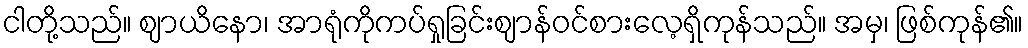
ငါတို့သည်။ ဈာယိနော၊ အာရုံကိုကပ်ရှုခြင်းဈာန်ဝင်စားလေ့ရှိကုန်သည်။ အမှ၊ ဖြစ်ကုန်၏။